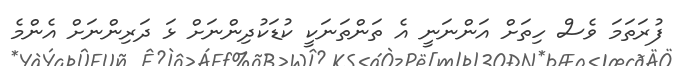
ފުރަތަމަ ވެސް ހިތަށް އަންނަނީ އެ ތަންތަނަކީ ކުޑަކުދިންނަށް ޅަ ދަރިންނަށް އެންމެ